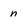
Character: n